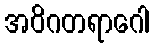
အဝိဂတရာဂေါ